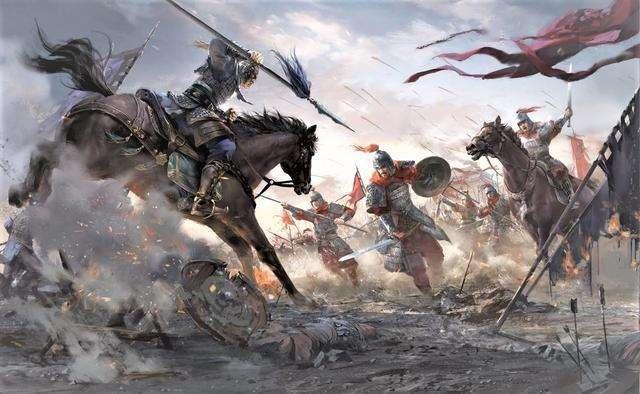
下马登邺城，城空复何见。